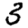
Digit: 3